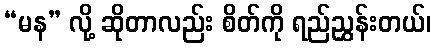
“မန” လို့ ဆိုတာလည်း စိတ်ကို ရည်ညွှန်းတယ်၊